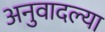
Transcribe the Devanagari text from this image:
अनुवादल्या